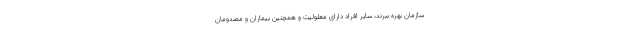
سازمان بهره ببرند، سایر افراد دارای معلولیت و همچنین بیماران و مصدومان